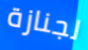
لجنازة